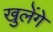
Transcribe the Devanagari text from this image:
खुलेंगे